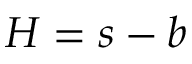
H = s - b